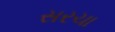
સરચા